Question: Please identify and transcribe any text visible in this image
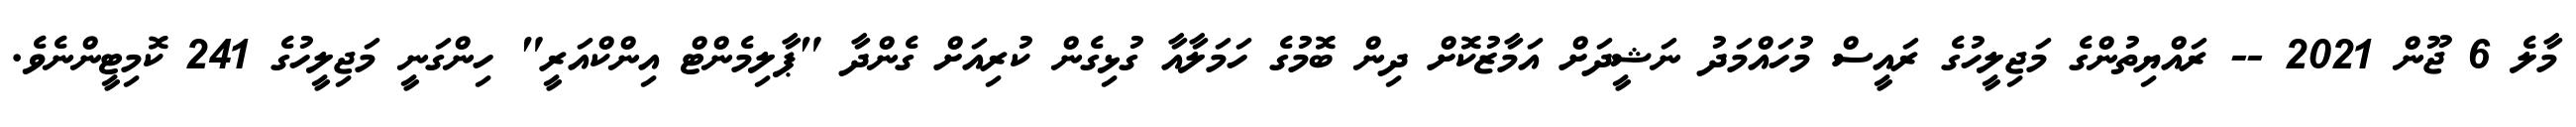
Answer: މާލެ 6 ޖޫން 2021 -- ރައްޔިތުންގެ މަޖިލީހުގެ ރައީސް މުހައްމަދު ނަޝީދަށް އަމާޒުކޮށް ދިން ބޮމުގެ ހަމަލާއާ ގުޅިގެން ކުރިއަށް ގެންދާ "ޕާލިމެންޓް އިންކްއަރީ" ހިންގަނީ މަޖިލީހުގެ 241 ކޮމިޓީންނެވެ.